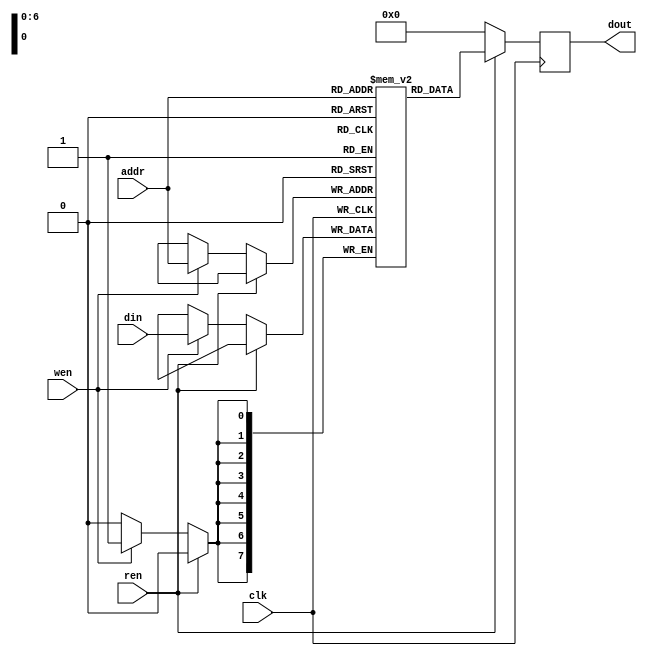
`timescale 1ns/1ps

module Memory (clk, ren, wen, addr, din, dout);
input clk;
input ren, wen;
input [7-1:0] addr;
input [8-1:0] din;
output reg [8-1:0] dout;

parameter M = 128, N = 8;
reg [N-1:0] mem [M-1:0];

always @(posedge clk) begin
    if (ren) begin
        dout <= mem[addr];
    end
    else if (wen) begin
        dout <= 0;
        mem[addr] <= din;
    end
    else
        dout <= 0;
end

endmodule